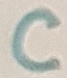
Text: C